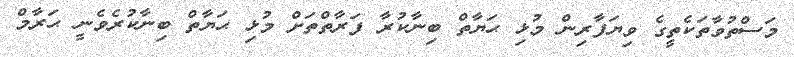
މަސްތުވާތަކެތީގެ ވިޔަފާރިން މުޅި ޙަޔާތް ބިނާކުރާ ފަރާތްތަށް މުޅި ޙަޔާތް ބިނާކުރެވެނީ ޙަރާމް